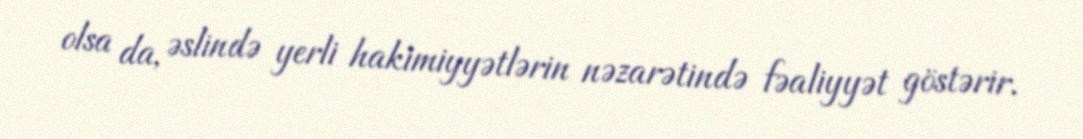
olsa da, əslində yerli hakimiyyətlərin nəzarətində fəaliyyət göstərir.